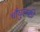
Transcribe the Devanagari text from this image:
चौघुलकी